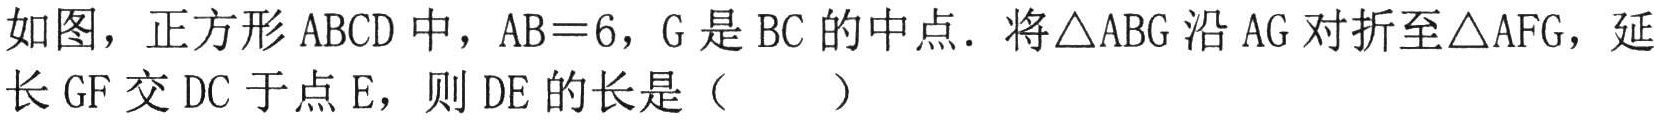
如图，正方形 \(ABCD\) 中，\(AB = 6\)，\(G\) 是 \(BC\) 的中点．将\(\triangle ABG\) 沿 \(AG\) 对折至\(\triangle AFG\)，延长 \(GF\) 交 \(DC\) 于点 \(E\)，则 \(DE\) 的长是（  ）